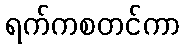
ရက်ကစတင်ကာ